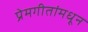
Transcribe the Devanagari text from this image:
प्रेमगीतांमधून